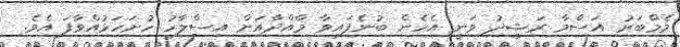
މެމްބަރު އަސްމާ ރަޝީދު ވަނީ އެހެން ބުނެފައިވާ މާއްދާއަށް އިސްލާހު ހުށަހަޅުއްވާފަ އެވެ.